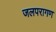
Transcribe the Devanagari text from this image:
जलपरागण